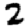
Digit: 2